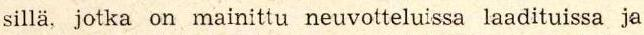
sillä, jotka on mainittu neuvotteluissa laadituissa ja